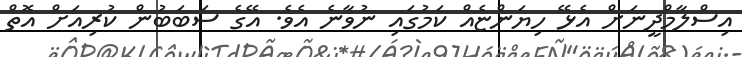
އިސްލާމްދީނަށް އެޅޭ ހިޔަންޏެއް ކަމުގައި ނުވާނެ އެވެ. އޭގެ ސަބަބުން ކުރިއަށް އޮތް